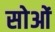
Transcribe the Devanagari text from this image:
सोओं